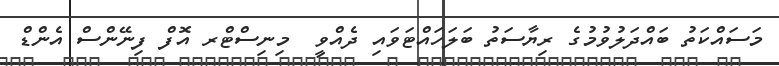
މަސައްކަތު ބައްދަލުވުމުގެ ރިޔާސަތު ބަލަހައްޓަވައި ދެއްވީ  މިނިސްޓްރ އޮފް ފިނޭންސް އެންޑް